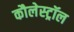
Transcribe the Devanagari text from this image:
कौलेस्ट्रॉल